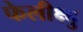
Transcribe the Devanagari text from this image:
फेलीक्ष्दु